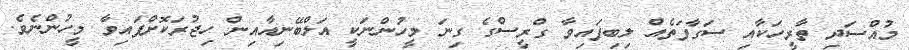
މުއްސަދި ތާރީހަކާއި ސަގާފަތެއް ލިބިފައިވާ ގްރީސްގެ ގިނަ މީހުންނަކީ އަލްބޭނިއާއިން ހިޖުރަކޮށްފައިވާ މީހުންނެވެ.